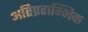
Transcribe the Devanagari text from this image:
अतिप्रराम्भिक